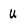
Character: u